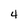
Character: 4